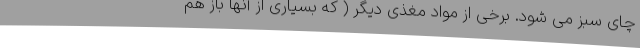
چای سبز می شود. برخی از مواد مغذی دیگر ( که بسیاری از آنها باز هم